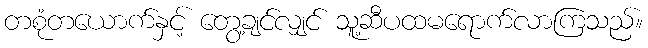
တစုံတယောက်နှင့် တွေ့ချင်လျှင် သူ့ဆီပထမရောက်လာကြသည်။